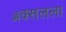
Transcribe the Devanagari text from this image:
ॲक्सलला